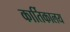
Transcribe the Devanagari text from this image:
कार्तिकालय